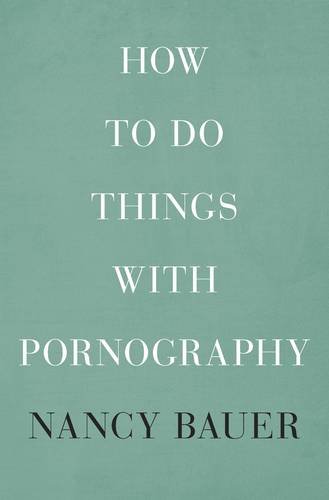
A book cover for How to Do Things with Pornography; Nancy Bauer; Politics & Social Sciences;